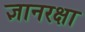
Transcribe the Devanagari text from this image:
ज्ञानरक्षा